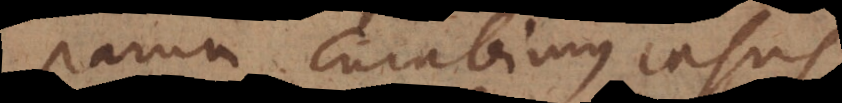
parum curabimus casus,